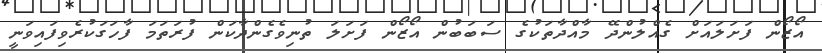
އޯޒޯން ފަށަލައަށް ގެއްލުންދޭ މާއްދާތަކުގެ ސަބަބުން އޯޒޯން ފަށަލަ ތުނިވެގެންދާކަން ފުރަތަމަ ފާހަގަކުރެވިފައިވަނީ